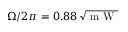
\Omega / 2 \pi = 0 . 8 8 \, \sqrt { \mathrm { ~ m ~ W ~ } }